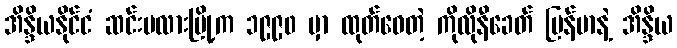
အိန္ဒိယနိုင်ငံ ဆင်းမလားမြို့က ၁၉၉၀ မှာ ထုတ်ဝေတဲ့ ကိုလိုနီခေတ် မြန်မာနဲ့ အိန္ဒိယ